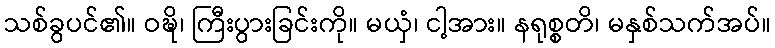
သစ်ခွပင်၏။ ဝဍ္ဎိ၊ ကြီးပွားခြင်းကို။ မယှံ၊ ငါ့အား။ နရုစ္စတိ၊ မနှစ်သက်အပ်။